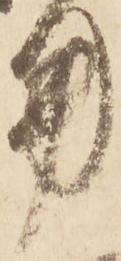
用